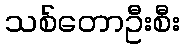
သစ်တောဦးစီး